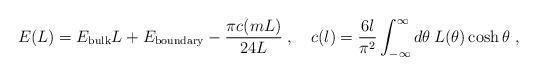
LaTeX: \begin{align*}E(L)=E_{\mathrm{bulk}}L+E_{\mathrm{boundary}}-\frac{\pi c(mL)}{24L}\;,\quad c(l)=\frac{6l}{\pi ^{2}}\int ^{\infty }_{-\infty }d\theta \:L(\theta )\cosh \theta \ ,\end{align*}